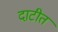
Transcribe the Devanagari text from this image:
दाटीत